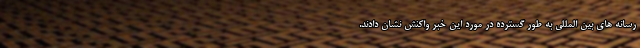
رسانه های بین المللی به طور گسترده در مورد این خبر واکنش نشان دادند.